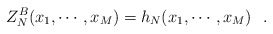
\begin{align*}Z_N^B(x_1,\cdots,x_M) = h_N(x_1,\cdots, x_M)\,\,\,\,.\end{align*}